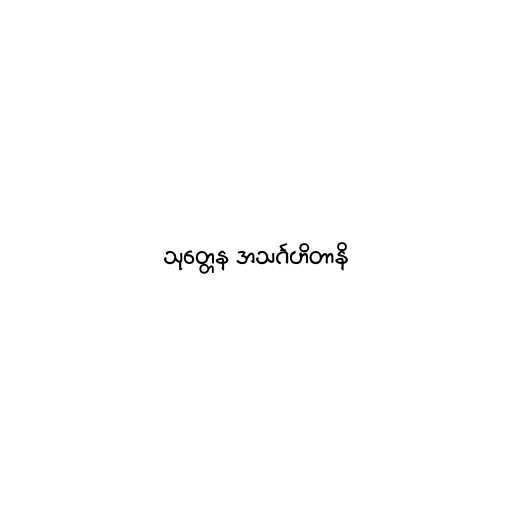
သုတ္တေန အသင်္ဂဟိတာနိ